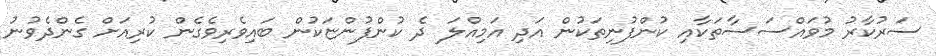
ސަރުކާރު މުވައްސަސާތަކާއި ކުންފުނިތަކުން އަދި އަމިއްލަ ދެ ކުންފުންޏަކުން ބައިވެރިވެގެން ކުރިއަށް ގެންދެވުނު